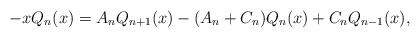
\begin{align*}-xQ_n(x) = A_nQ_{n+1}(x) - (A_n + C_n)Q_n(x) + C_nQ_{n-1}(x),\end{align*}